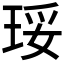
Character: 𰡾